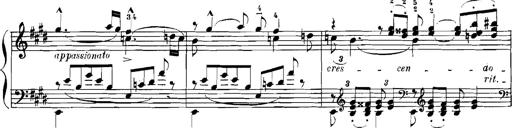
Title: Rhapsodies hongroises
Composer: Franz Liszt